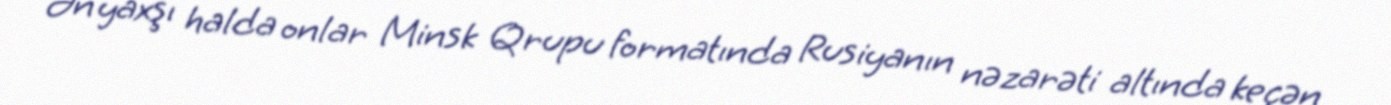
Ən yaxşı halda onlar Minsk Qrupu formatında Rusiyanın nəzarəti altında keçən